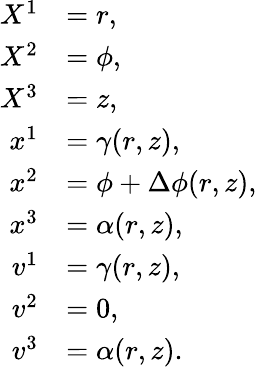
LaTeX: \begin{array}{rl}{X^{1}}&{=r,}\\ {X^{2}}&{=\phi,}\\ {X^{3}}&{=z,}\\ {x^{1}}&{=\gamma(r,z),}\\ {x^{2}}&{=\phi+\Delta\phi(r,z),}\\ {x^{3}}&{=\alpha(r,z),}\\ {v^{1}}&{=\gamma(r,z),}\\ {v^{2}}&{=0,}\\ {v^{3}}&{=\alpha(r,z).}\end{array}